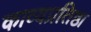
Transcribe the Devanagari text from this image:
काव्यप्रतिष्ठा